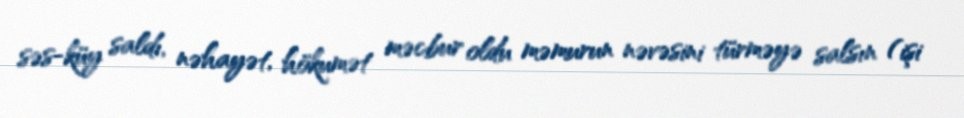
səs-küy saldı, nəhayət, hökumət məcbur oldu məmurun nəvəsini türməyə salsın (işi